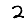
Digit: 2